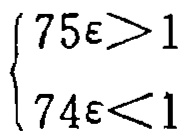
\[\begin{cases}
1 < 357\\
1 > 347
\end{cases}\]